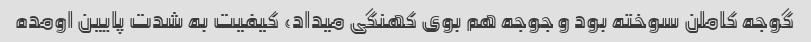
گوجه کاملن سوخته بود و جوجه هم بوی کهنگی میداد، کیفیت به شدت پایین اومده